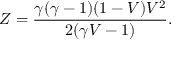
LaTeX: Z = { \frac { \gamma ( \gamma - 1 ) ( 1 - V ) V ^ { 2 } } { 2 ( \gamma V - 1 ) } } .